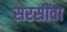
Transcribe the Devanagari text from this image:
सरसींवा